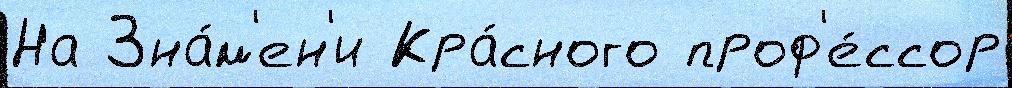
На Зна́м'ен'и Кра́сного проф'е́ссор